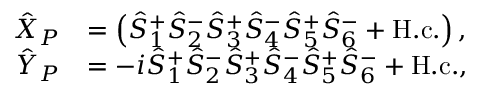
\begin{array} { r l } { \hat { X } _ { P } } & { = \left( \hat { S } _ { 1 } ^ { + } \hat { S } _ { 2 } ^ { - } \hat { S } _ { 3 } ^ { + } \hat { S } _ { 4 } ^ { - } \hat { S } _ { 5 } ^ { + } \hat { S } _ { 6 } ^ { - } + \mathrm { H . c . } \right) , } \\ { \hat { Y } _ { P } } & { = - i \hat { S } _ { 1 } ^ { + } \hat { S } _ { 2 } ^ { - } \hat { S } _ { 3 } ^ { + } \hat { S } _ { 4 } ^ { - } \hat { S } _ { 5 } ^ { + } \hat { S } _ { 6 } ^ { - } + \mathrm { H . c . } , } \end{array}